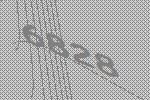
6828